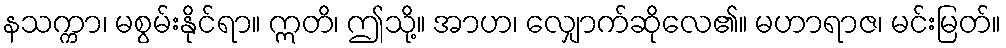
နသက္ကာ၊ မစွမ်းနိုင်ရာ။ ဣတိ၊ ဤသို့။ အာဟ၊ လျှောက်ဆိုလေ၏။ မဟာရာဇ၊ မင်းမြတ်။